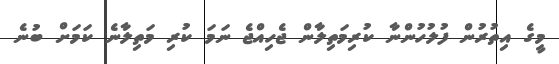
މީގެ އިތުރުން ފުލުހުންނާ ކުރިމަތިލާން ޖެހިއްޖެ ނަމަ ކުރި މަތިލާނެ ކަމަށް ބުނެ